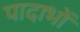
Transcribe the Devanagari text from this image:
पादाभों